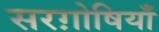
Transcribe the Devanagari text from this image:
सरग़ोषियाँ